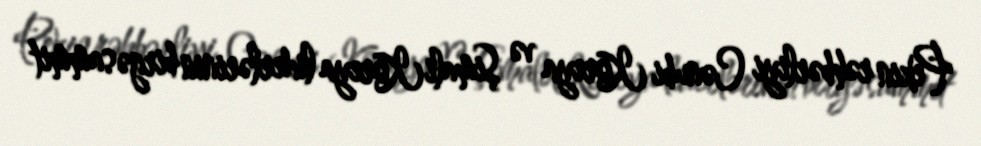
Pekin rəhbərliyi Cənubi Koreya və Şimali Koreya liderlərinin birgə sammit